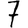
Digit: 7